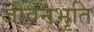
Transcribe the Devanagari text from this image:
जीवनभृति